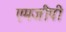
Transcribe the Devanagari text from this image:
एमजीपी